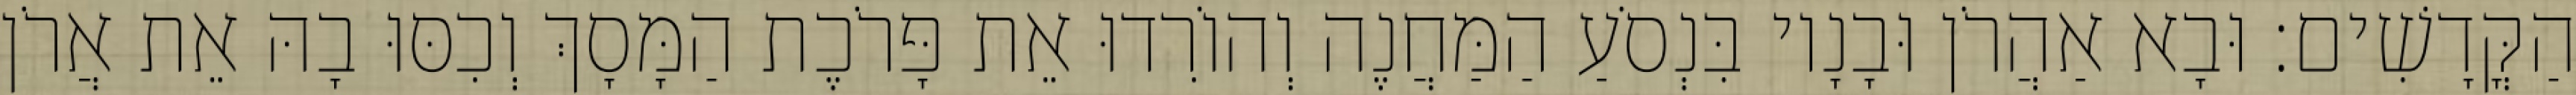
הַקֳּדָשִׁים׃ וּבָא אַהֲרֹן וּבָנָיו בִּנְסֹעַ הַמַּחֲנֶה וְהוֹרִדוּ אֵת פָּרֹכֶת הַמָּסָךְ וְכִסּוּ בָהּ אֵת אֲרֹן